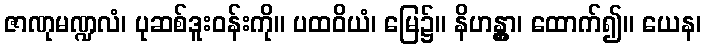
ဇာဏုမဏ္ဍလံ၊ ပုဆစ်ဒူးဝန်းကို။ ပထဝိယံ၊ မြေ၌။ နိဟန္တွာ၊ ထောက်၍။ ယေန၊